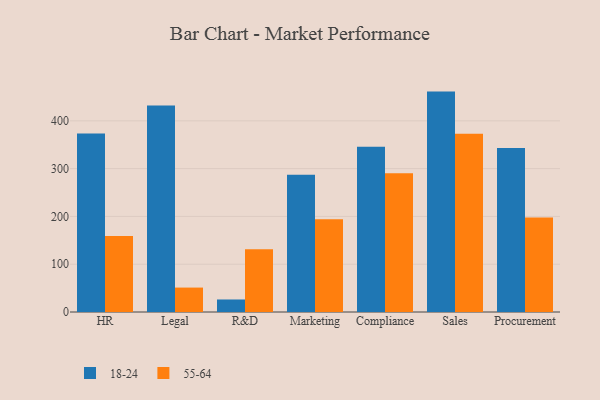
{"axis": {"x": "Department", "y": "Bounce Rate (%)"}, "legend": ["18-24", "55-64"], "data": [{"x": "HR", "y": 373.4, "type": "18-24"}, {"x": "HR", "y": 159.0, "type": "55-64"}, {"x": "Legal", "y": 432.1, "type": "18-24"}, {"x": "Legal", "y": 51.1, "type": "55-64"}, {"x": "R&D", "y": 26.2, "type": "18-24"}, {"x": "R&D", "y": 131.2, "type": "55-64"}, {"x": "Marketing", "y": 287.0, "type": "18-24"}, {"x": "Marketing", "y": 194.0, "type": "55-64"}, {"x": "Compliance", "y": 345.8, "type": "18-24"}, {"x": "Compliance", "y": 290.1, "type": "55-64"}, {"x": "Sales", "y": 461.2, "type": "18-24"}, {"x": "Sales", "y": 373.1, "type": "55-64"}, {"x": "Procurement", "y": 343.2, "type": "18-24"}, {"x": "Procurement", "y": 197.9, "type": "55-64"}]}